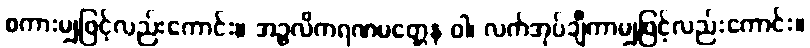
စကားမျှဖြင့်လည်းကောင်း။ အဉ္ဇလိကရဏမတ္တေန ဝါ၊ လက်အုပ်ချီကာမျှဖြင့်လည်းကောင်း။